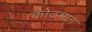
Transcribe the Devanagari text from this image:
कोठभाग